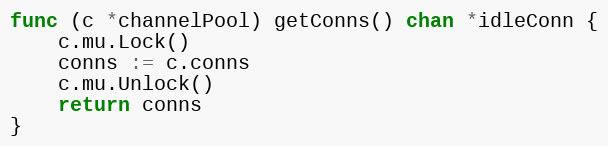
Language: Go
func (c *channelPool) getConns() chan *idleConn {
	c.mu.Lock()
	conns := c.conns
	c.mu.Unlock()
	return conns
}